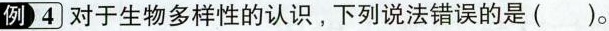
例4 对于生物多样性的认识，下列说法错误的是( )。